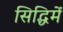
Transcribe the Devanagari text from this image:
सिद्धिमें